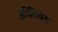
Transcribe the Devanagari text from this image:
अर्घिंरोवेद